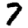
Digit: 7